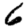
Digit: 6